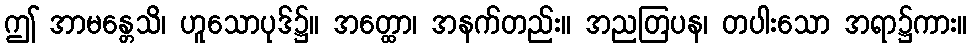
ဤ အာမန္တေသိ၊ ဟူသောပုဒ်၌။ အတ္ထော၊ အနက်တည်း။ အညတြပန၊ တပါးသော အရာ၌ကား။